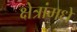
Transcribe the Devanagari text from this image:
क्षेत्रांमधे